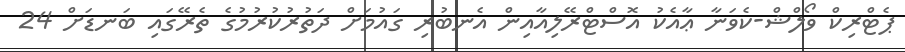
ޕެޓްރިކް ވޯލްޝް-ކެވަނާ ޢާއެކު އޮސްޓްރޭލިއާއިން އެނބުރި ގައުމަށް ދަތުރުކުުރުމުގެ ތެރޭގައި ބަނޑަށް 24